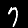
Label: 7